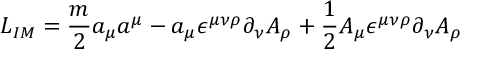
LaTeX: { \cal L } _ { I M } = { \frac { m } { 2 } } a _ { \mu } a ^ { \mu } - a _ { \mu } \epsilon ^ { \mu \nu \rho } \partial _ { \nu } A _ { \rho } + { \frac { 1 } { 2 } } A _ { \mu } \epsilon ^ { \mu \nu \rho } \partial _ { \nu } A _ { \rho }